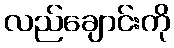
လည်ချောင်းကို